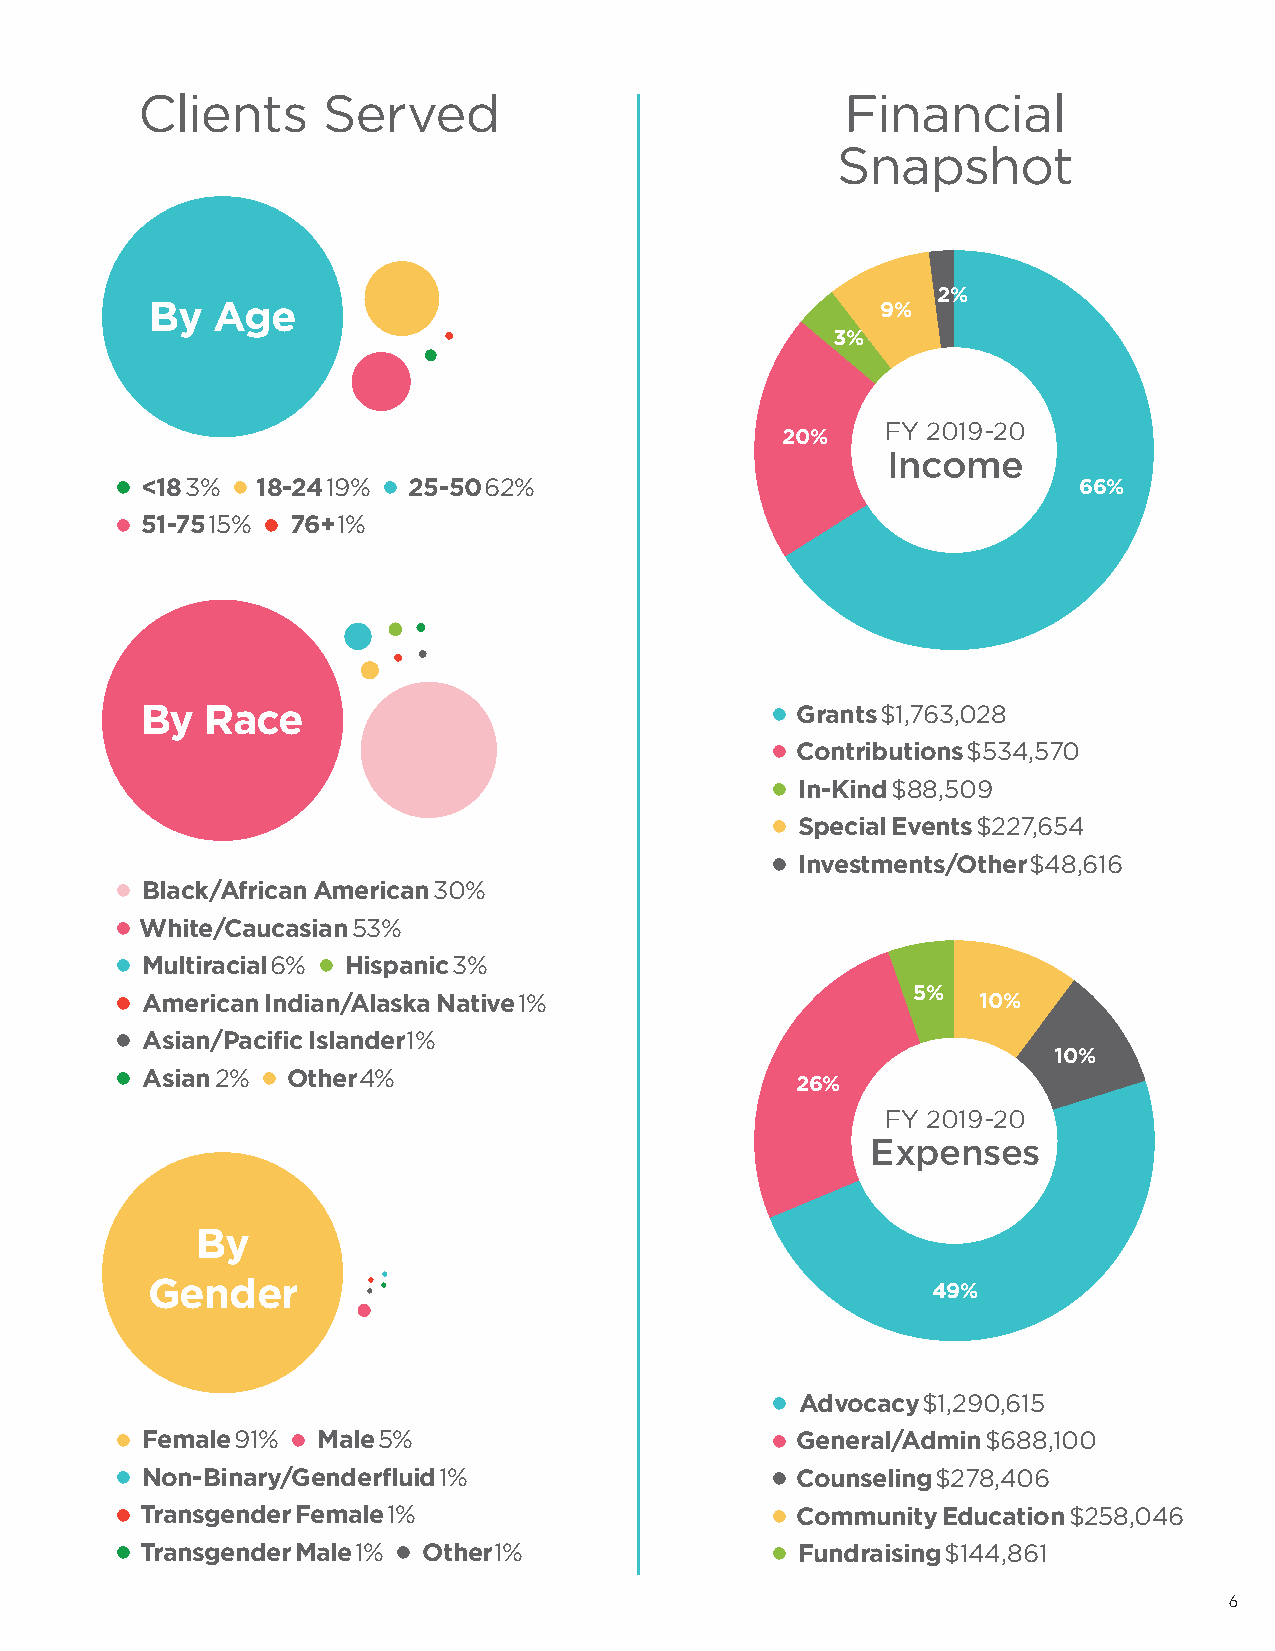
CLC IElie Nn Tt Ss
 S
 S ERe Vrv Ee Dd
 ...
 FFINinAaNnCcIiAaLl
 SSNnAaPpSsHhOoTt
 2%
 By  Age                                         9%
 3%
 FY 2019-20
 20%
 Income
 •
 <18 3%
 •
 18‐24 19%
 •
 25‐50 62%                                   66%
 •         •
 51‐75 15% 76+ 1%
 By   Race                                 • Grants $1,763,028
 •
 Contributions $534,570
 •
 In‐Kind $88,509
 •
 Special Events $227,654
 •
 Investments/Other $48,616
 •
 Black/African American 30%
 •
 White/Caucasian 53%
 •             •
 Multiracial 6% Hispanic 3%
 •
 American Indian/Alaska Native 1%
 5%
 10%
 •
 Asian/Pacific Islander 1%
 10%
 •         •
 Asian 2%  Other 4%
 26%
 FY 2019-20
 Expenses
 By
 Gender
 49%
 •
 Advocacy $1,290,615
 •
 Female 91%
 •
 Male 5%
 •
 General/Admin $688,100
 •
 Non‐Binary/Genderfluid 1%
 •
 Counseling $278,406
 •
 Transgender Female 1%
 •
 Community Education $258,046
 •
 Transgender Male 1%
 •
 Other 1%
 •
 Fundraising $144,861
 6